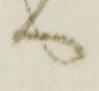
へ